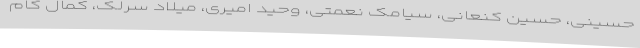
حسینی، حسین کنعانی، سیامک نعمتی، وحید امیری، میلاد سرلک، کمال کام